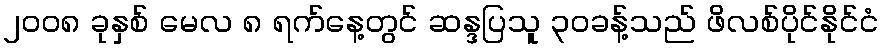
၂၀၀၈ ခုနှစ် မေလ ၈ ရက်နေ့တွင် ဆန္ဒပြသူ ၃၀ခန့်သည် ဖိလစ်ပိုင်နိုင်ငံ